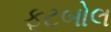
ફૂટબોલ